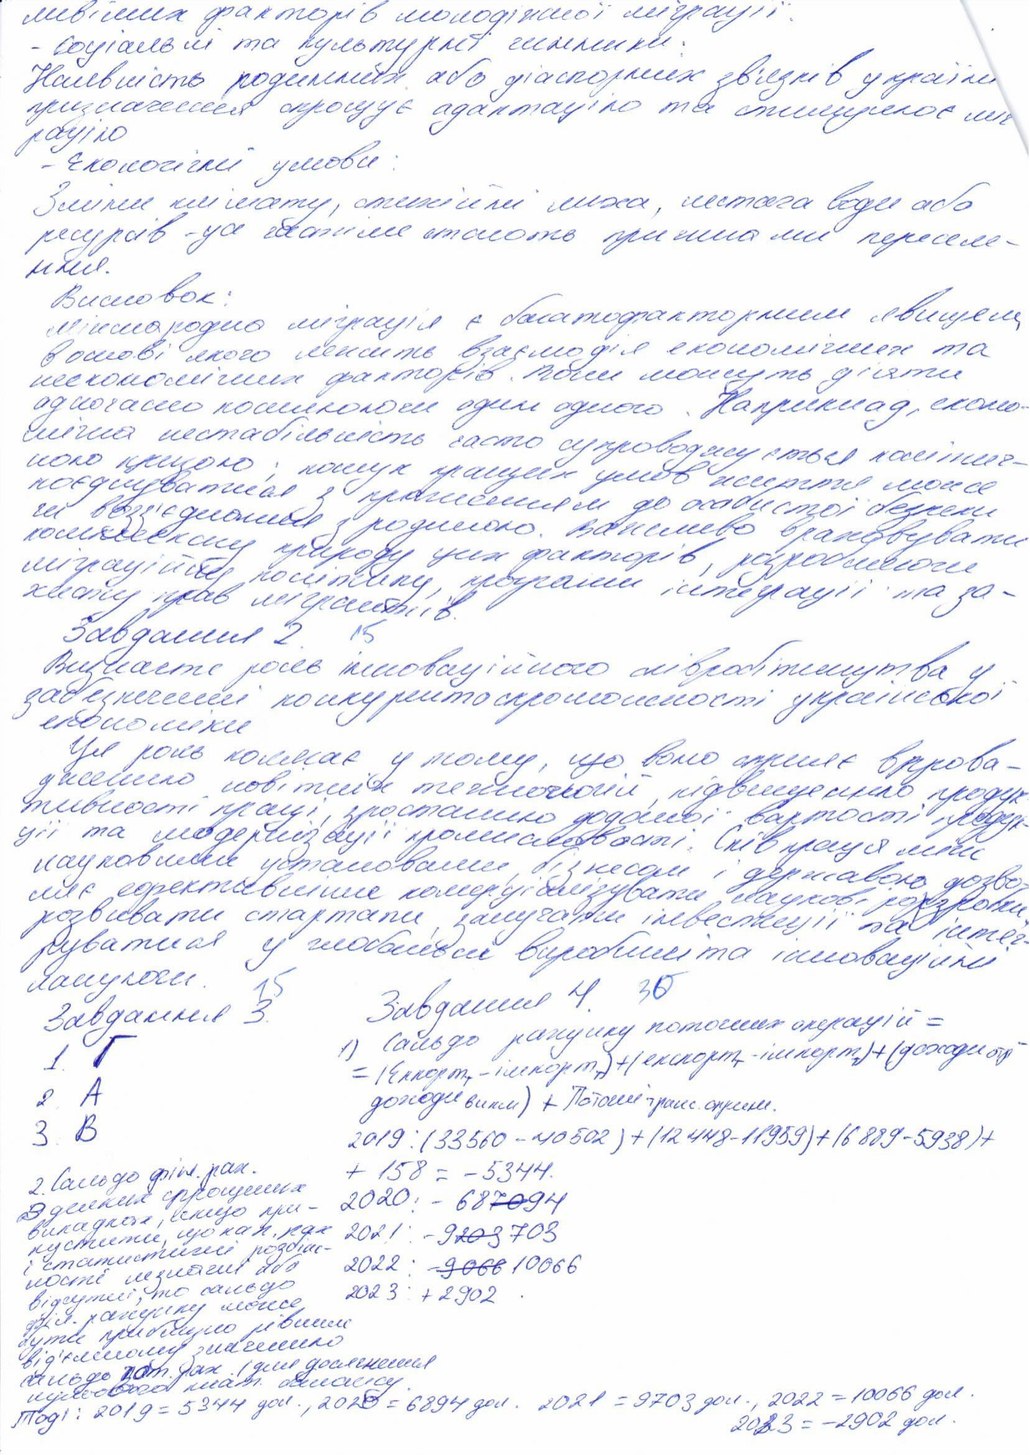
ливіших факторів молодіжної міграції:
- Соціальні та культурні чинники:
Наявність родинних або діаспорних зв'язків у країні
призначення спрощує адаптацію та стимулює міг
рацію
- Екологічні умови:
Зміни клімату, стихійні лиха, нестача води або
ресурсів - усе частіше стають причинами переселе-
ння.
Висновок:
Міжнародна міграція є багатофакторним явищем
в основі якого лежить взаємодія економічних та
неекономічних факторів. Вони можуть діяти
одночасно посилюючи один одного. Наприклад, еконо-
мічна нестабільність часто супроводжується політич-
ною кризою; пошук кращих умов життя може
поєднуватися з прагненням до особистої безпеки
чи возз'єднання з родиною. Важливо враховувати
комплексну природу цих факторів, розробляючи
міграційну політику, програми інтеграції та за-
хисту прав мігрантів.
Завдання 2. 15
Визначте роль інноваційного співробітництва у
забезпеченні конкурентоспроможності української
економіки
Це роль полягає у тому, що воно сприяє впрова-
дженню новітніх технологій, підвищенню продук
тивності праці, зростанню доданої вартості продук
ції та модернізації промисловості. Співпраця між
науковими установами, бізнесом і державою дозво-
ляє ефективніше комерціалізувати науково-розробки
розвивати стартапи, залучати інвестиції та інтег-
руватися у глобальні виробничі та інноваційні
15
30
ланцюги.
Завдання 4.
Завдання 3.
1) Сальдо рахунку поточних операцій =
1. Г
= (Експорт_т - імпорт_т) + (експорт_п - імпорт_п) + (доходи_отр -
2. А
доходи викл) + Поточні транс. отрим.
3. В
2019: (33560 - 40502) + (12448 - 11959) + (6869 - 5938) +
+ 158 = - 5344.
2. Сальдо фін. рах.
З деяких спрощених
2020: - 68~~70~~94
випадках, якщо при-
пустити, що кап. рух
2021: -9~~20~~3703
і статистичні розбіж-
2022 : ~~-9066~~ 10066
ності незначні або
відсутні, то сальдо
2023: +2902
фін. рахунку може
бути приблизно рівним
від'ємному значенню
сальдо зат. рах. (для досягнення
нульового плат. балансу.
Тоді: 2019 = 5344 дол., 2020 = 6894 дол. 2021 = 9703 дол., 2022 = 10066 дол.
2023 = -2902 дол.